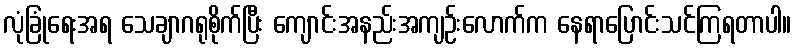
လုံခြုံရေးအရ သေချာဂရုစိုက်ပြီး ကျောင်းအနည်းအကျဉ်းလောက်က နေရာပြောင်းသင်ကြရတာပါ။